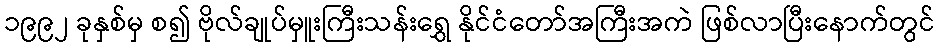
၁၉၉၂ ခုနှစ်မှ စ၍ ဗိုလ်ချုပ်မှူးကြီးသန်းရွှေ နိုင်ငံတော်အကြီးအကဲ ဖြစ်လာပြီးနောက်တွင်